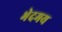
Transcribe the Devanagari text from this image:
भेदमय